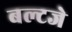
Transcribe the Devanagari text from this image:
बल्टजे